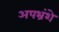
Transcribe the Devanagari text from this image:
अपभ्रंशे